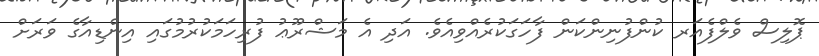
ޕޮލިސް ވެލްފެއަރ ކުންފުނިންކަން ފާހަގަކުރެއްވިއެވެ. އަދި އެ މަޝްރޫޢު ފުރިހަމަކުރުމުގައި އިންޑިއާގެ ވަރަށް